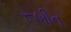
રૂબીન